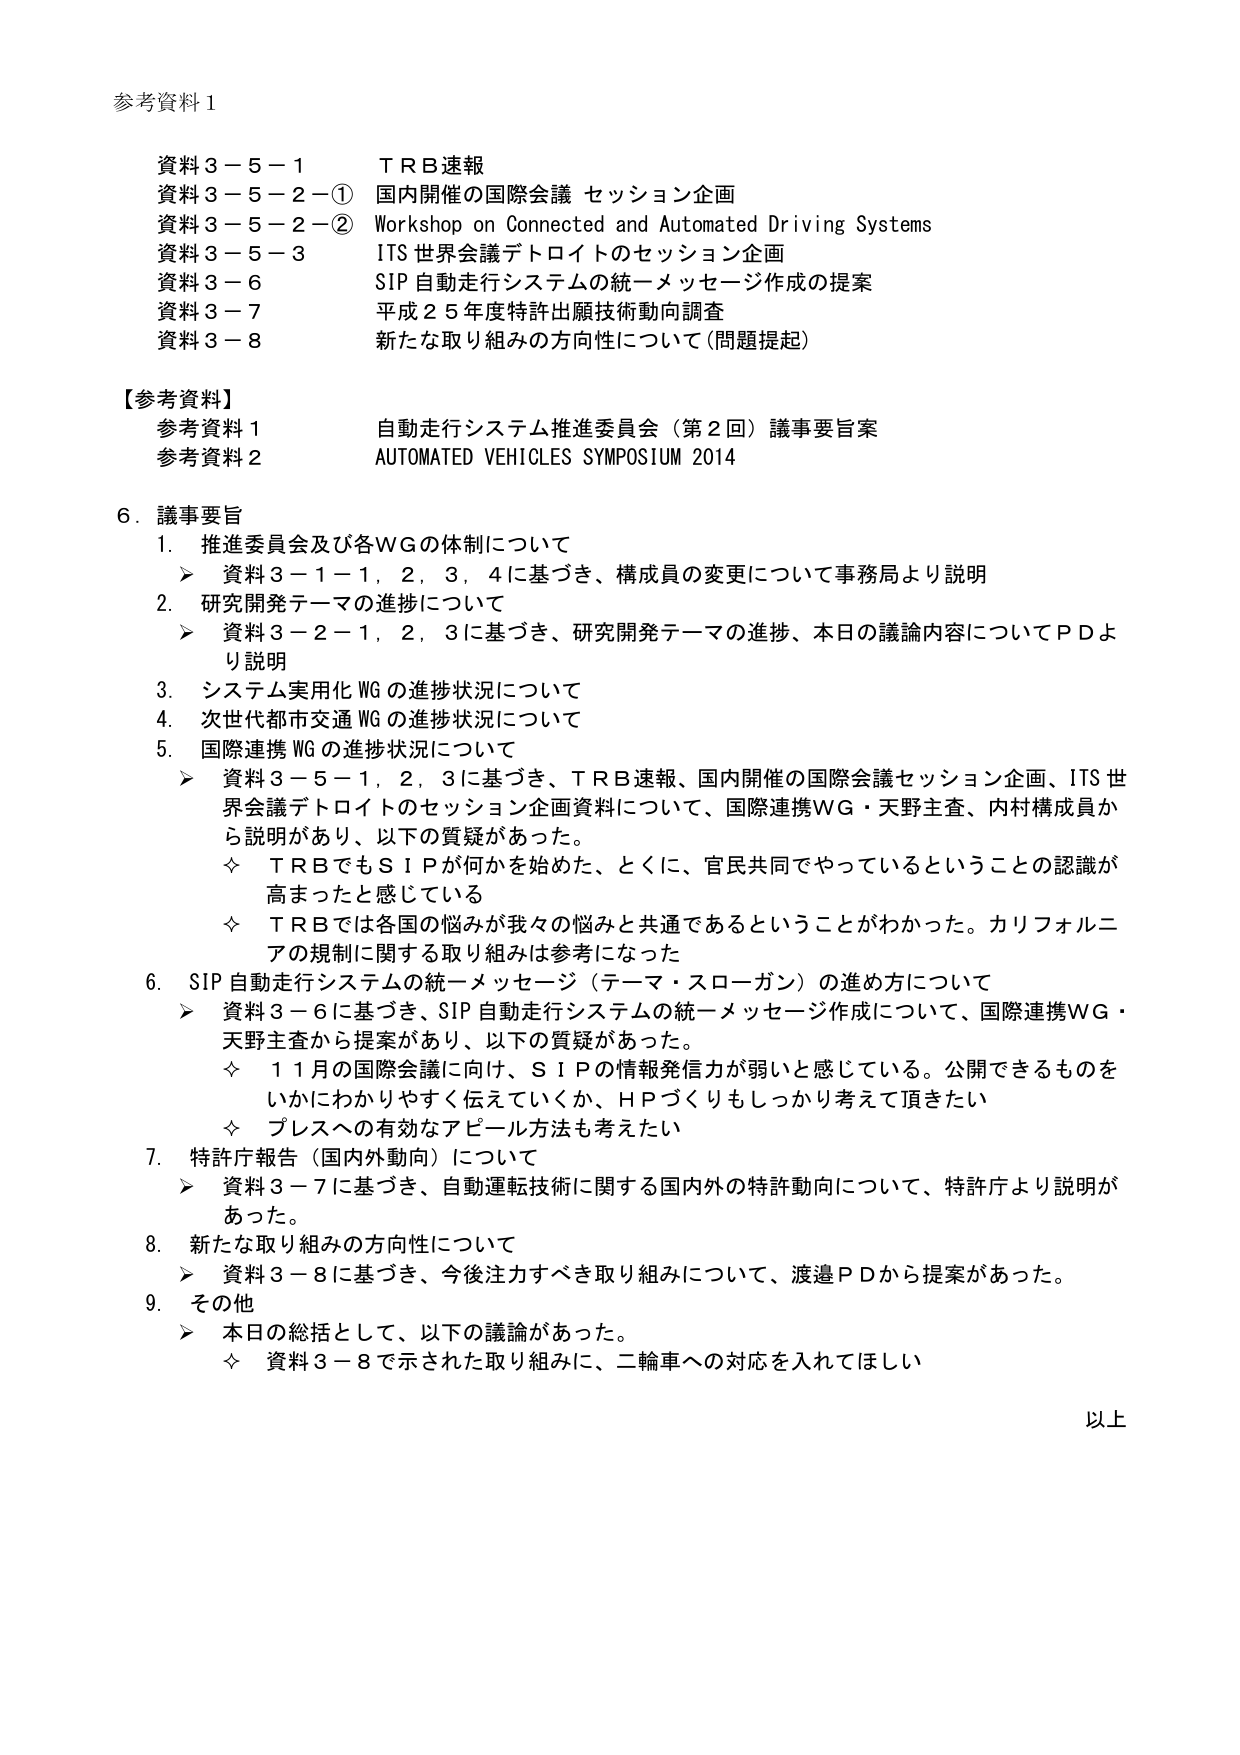
参考資料１

資料３－５－１　ＴＲＢ速報
資料３－５－２－①　国内開催の国際会議 セッション企画
資料３－５－２－②　Workshop on Connected and Automated Driving Systems
資料３－５－３　ITS 世界会議デトロイトのセッション企画
資料３－６　SIP 自動走行システムの統一メッセージ作成の提案
資料３－７　平成２５年度特許出願技術動向調査
資料３－８　新たな取り組みの方向性について（問題提起）

【参考資料】
参考資料１　自動走行システム推進委員会（第２回）議事要旨案
参考資料２　AUTOMATED VEHICLES SYMPOSIUM 2014

６．議事要旨
１．推進委員会及び各ＷＧの体制について
　　➤ 資料３－１－１，２，３，４に基づき、構成員の変更について事務局より説明

２．研究開発テーマの進捗について
　　➤ 資料３－２－１，２，３に基づき、研究開発テーマの進捗、本日の議論内容についてＰＤより説明

３．システム実用化ＷＧの進捗状況について
４．次世代都市交通ＷＧの進捗状況について
５．国際連携ＷＧの進捗状況について
　　➤ 資料３－５－１，２，３に基づき、ＴＲＢ速報、国内開催の国際会議セッション企画、ITS 世界会議デトロイトのセッション企画資料について、国際連携ＷＧ・天野主査、内村構成員から説明があり、以下の質疑があった。
　　◇ ＴＲＢでもＳＩＰが何かを始めた、とくに、官民共同でやっているということの認識が高まったと感じている
　　◇ ＴＲＢでは各国の悩みが我々の悩みと共通であるということがわかった。カリフォルニアの規制に関する取り組みは参考になった

６．SIP 自動走行システムの統一メッセージ（テーマ・スローガン）の進め方について
　　➤ 資料３－６に基づき、SIP 自動走行システムの統一メッセージ作成について、国際連携ＷＧ・天野主査から提案があり、以下の質疑があった。
　　◇ １１月の国際会議に向け、ＳＩＰの情報発信力が弱いと感じている。公開できるものをいかにわかりやすく伝えていくか、ＨＰづくりもしっかり考えて頂きたい
　　◇ プレスへの有効なアピール方法も考えたい

７．特許庁報告（国内外動向）について
　　➤ 資料３－７に基づき、自動運転技術に関する国内外の特許動向について、特許庁より説明があった。

８．新たな取り組みの方向性について
　　➤ 資料３－８に基づき、今後注力すべき取り組みについて、渡邉ＰＤから提案があった。

９．その他
　　➤ 本日の総括として、以下の議論があった。
　　◇ 資料３－８で示された取り組みに、二輪車への対応を入れてほしい

以上